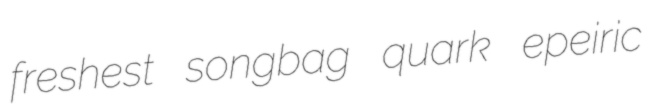
freshest songbag quark epeiric